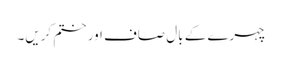
چہرے کے بال صاف اور ختم کریں۔